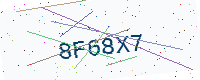
Text: 8F68X7